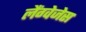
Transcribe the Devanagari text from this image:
लैंग्वेजेस